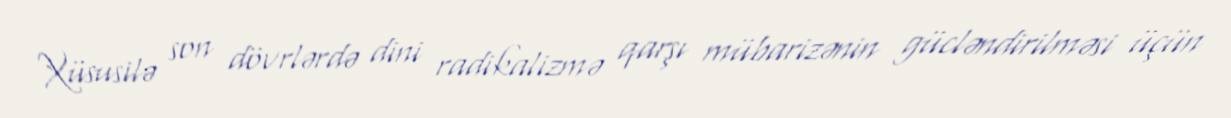
Xüsusilə son dövrlərdə dini radikalizmə qarşı mübarizənin gücləndirilməsi üçün